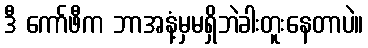
ဒီ ကော်ဖီက ဘာအနံ့မှမရှိဘဲခါးတူးနေတာပဲ။